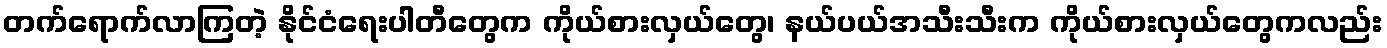
တက်ရောက်လာကြတဲ့ နိုင်ငံရေးပါတီတွေက ကိုယ်စားလှယ်တွေ၊ နယ်ပယ်အသီးသီးက ကိုယ်စားလှယ်တွေကလည်း